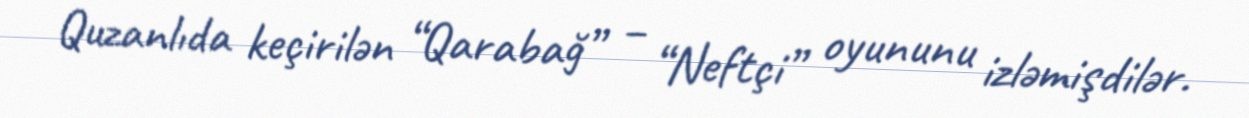
Quzanlıda keçirilən “Qarabağ” – “Neftçi” oyununu izləmişdilər.